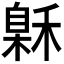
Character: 𰨲